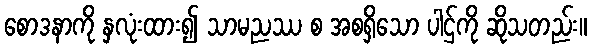
စောဒနာကို နှလုံးထား၍ သာမညဿ စ အစရှိသော ပါဌ်ကို ဆိုသတည်း။